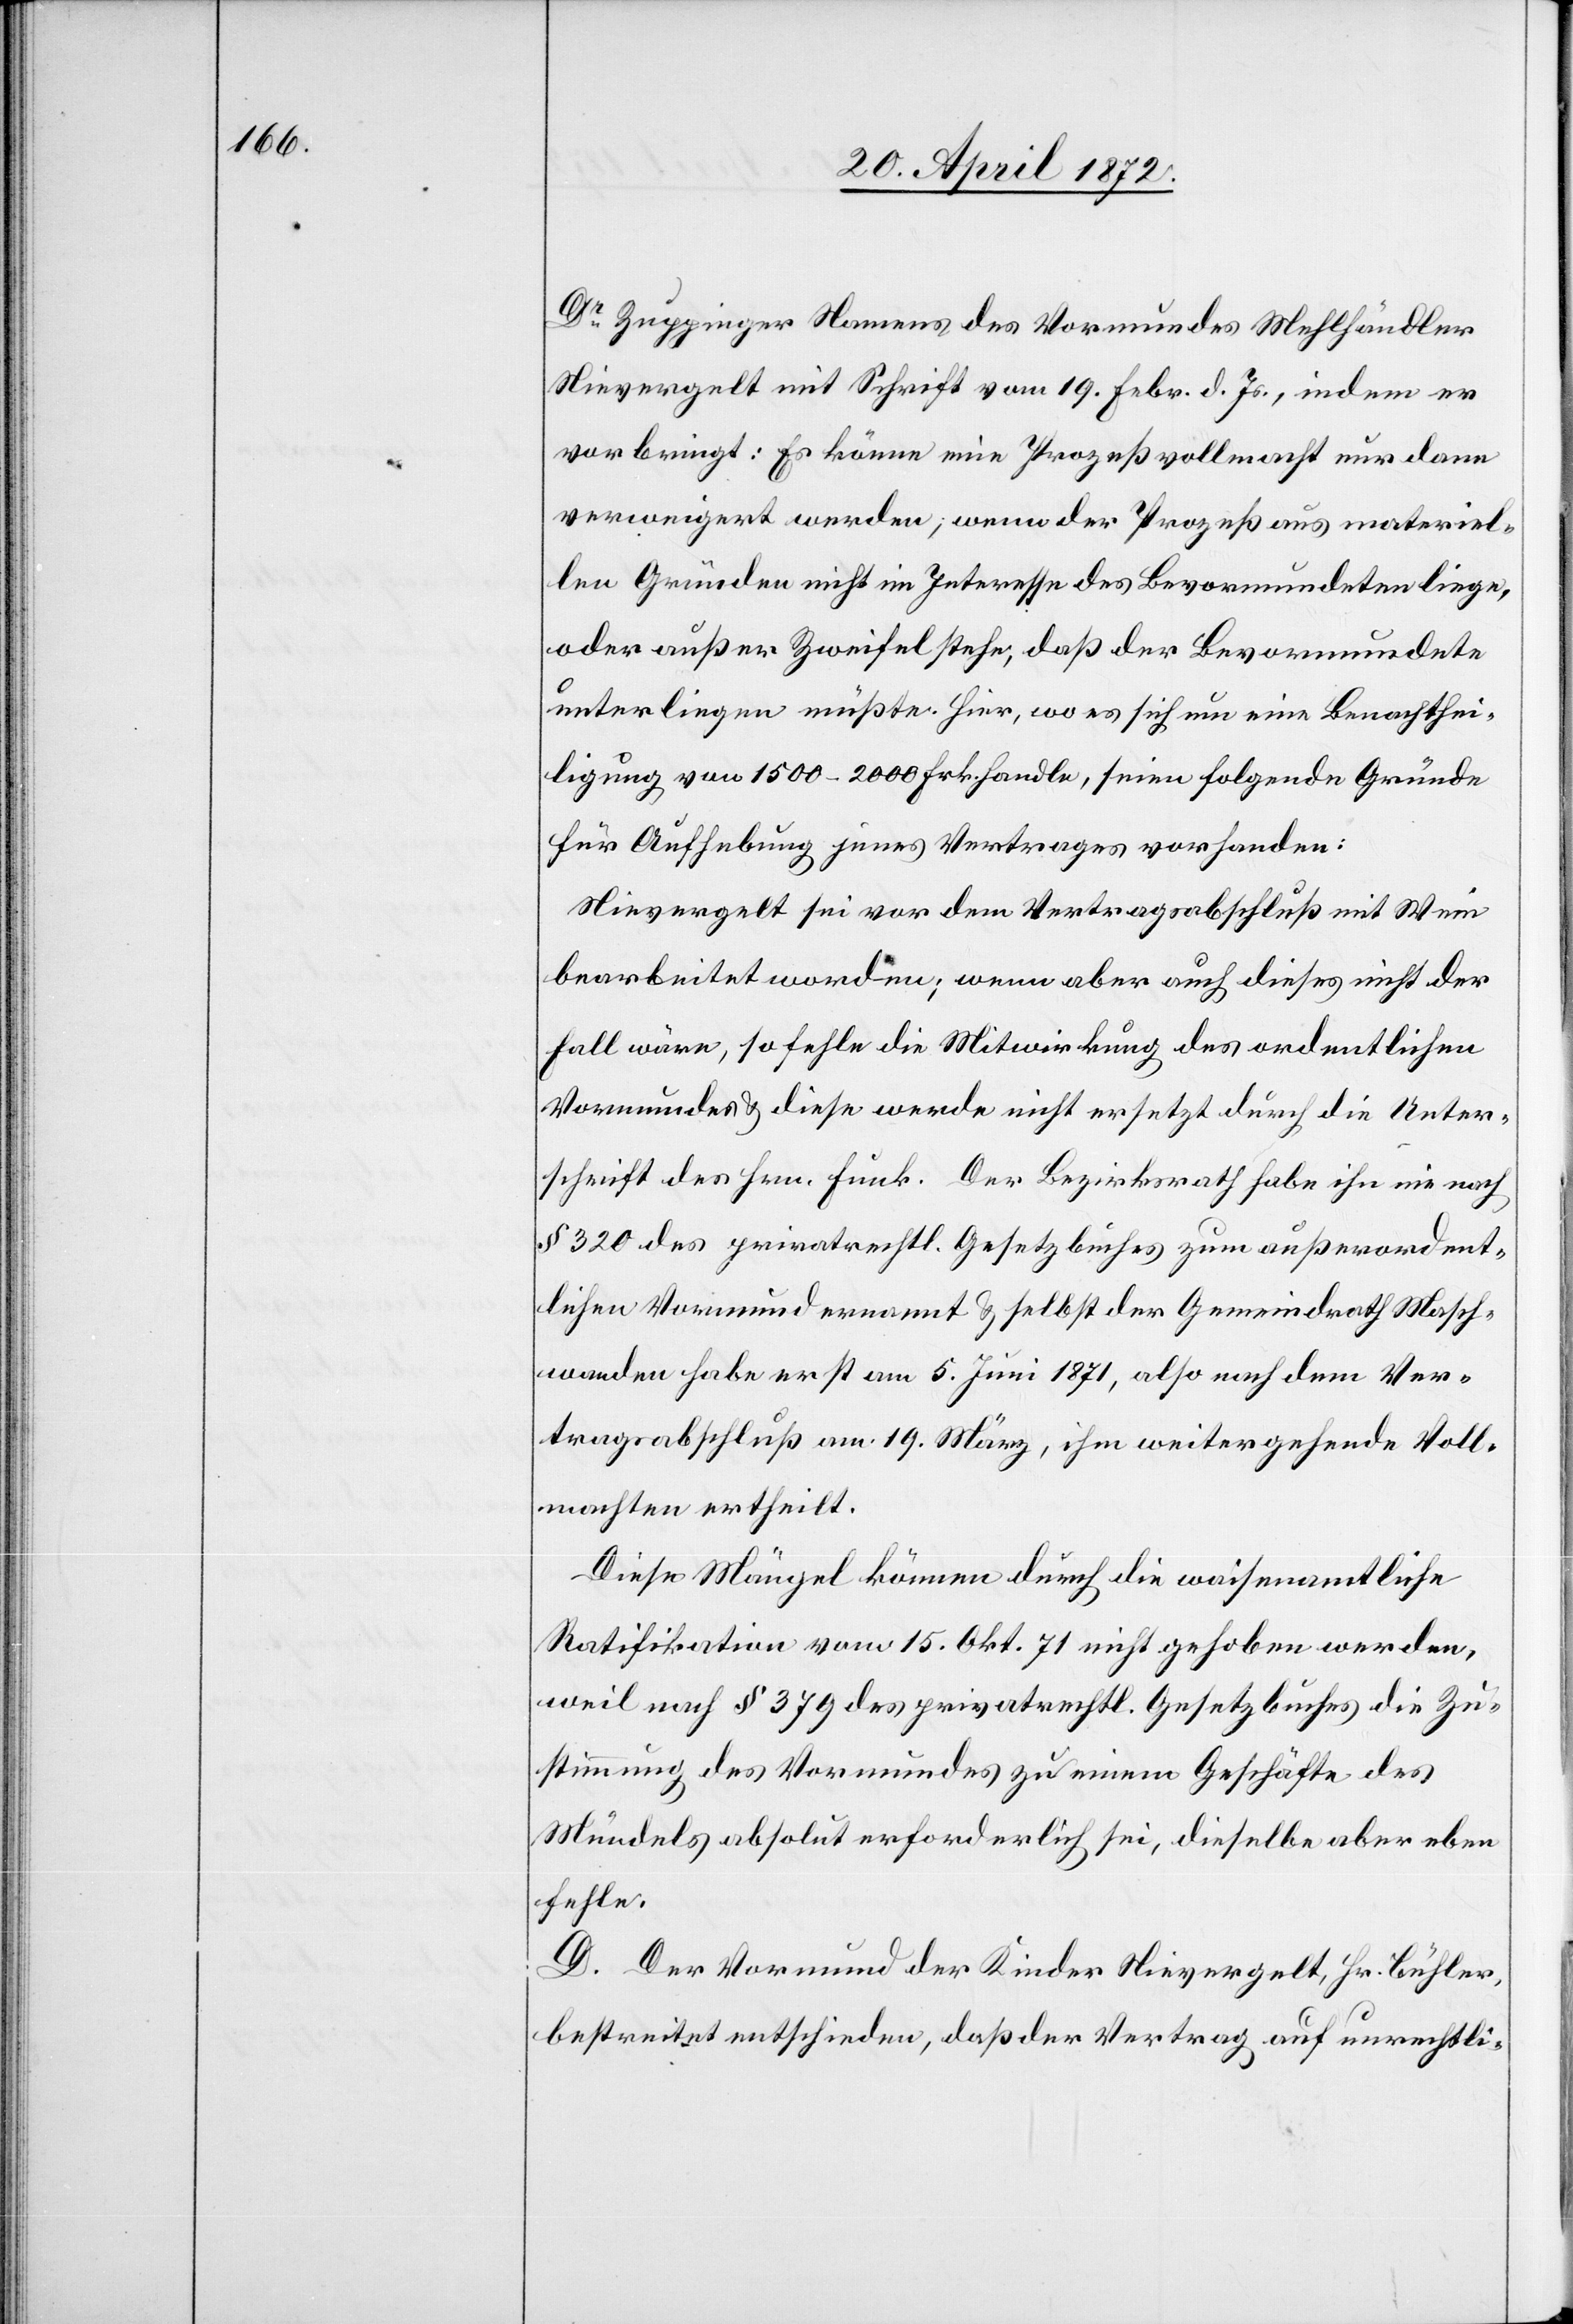
Dr Zuppinger Namens des Vormundes Mehlhändler
Nievergelt mit Schrift vom 19. Febr. d. Js., indem er
vorbringt: Es könne eine Prozeßvollmacht nur dann
verweigert werden, wenn der Prozeß aus materiel¬
len Gründen nicht im Interesse des Bevormundeten liege,
oder außer Zweifel stehe, daß der Bevormundete
unterliegen müßte. Hier, wo es sich um eine Benachthei¬
ligung von 1500–2000 Frk. handle, seien folgende Gründe
für Aufhebung jenes Vertrages vorhanden:
Nievergelt sei vor dem Vertragsabschluß mit Wein
bearbeitet worden; wenn aber auch dieses nicht der
Fall wäre, so fehle die Mitwirkung des ordentlichen
Vormundes u. diese werde nicht ersetzt durch die Unter¬
schrift des Hrn. Funk. Der Bezirksrath habe ihn nie nach
§ 320 des privatrechtl. Gesetzbuches zum außerordent¬
lichen Vormund ernannt u. selbst der Gemeindrath Masch¬
wanden habe erst am 5. Juni 1871, also nach dem Ver¬
tragsabschluß am 19. März, ihm weitergehende Voll¬
machten ertheilt.
Diese Mängel können durch die waisenamtliche
Ratifikation vom 15. Okt. 71 nicht gehoben werden,
weil nach § 379 des privatrechtl. Gesetzbuches die Zu¬
stimmung des Vormundes zu einem Geschäfte des
Mündels absolut erforderlich sei, dieselbe aber eben
fehle.
D. Der Vormund der Kinder Nievergelt, Hr. Bühler,
bestreitet entschieden, daß der Vertrag auf unrechtli-